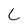
Character: C